Civil Veterinary Department Bihar & Orissa reports 1929-36 - 1929-1936
Year: 1929
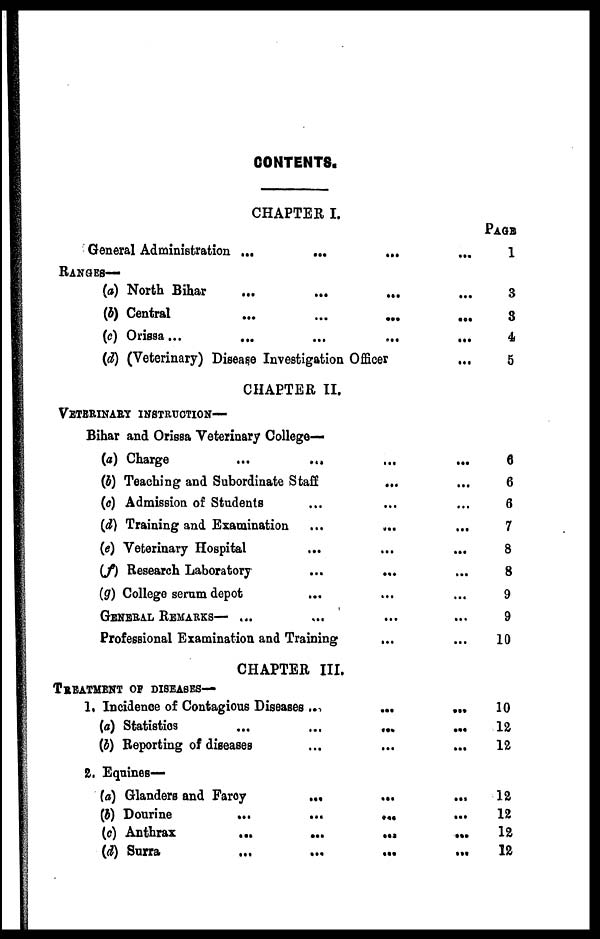
CONTENTS.
CHAPTER I.
General Administration ... ... ...
RANGES—
(a) North Bihar ... ... ... ...
(5) Central ... ... ... ...
(c) Orissa... ... ... ...
(d) (Veterinary) Disease Investigation Officer ...
CHAPTER II.
VETERINARY INSTRUCTION—
Bihar and Orissa Veterinary College-
(a) Charge
...
... ... ...
(b) Teaching and Subordinate Staff
... ...
(c) Admission of Students ... ... ...
(d) Training and Examination ... ... ...
(e) Veterinary Hospital ... ... ...
(f) Research Laboratory ... ... ...
(g) College serum depot ... ... ...
GENERAL REMARKS— ... ... ... ...
Professional Examination and Training ... ...
CHAPTER III.
TREATMENT OF DISEASES—
1. Incidence of Contagions Diseases ...
...
...
(a) Statistics
...
...
...
...
(b) Reporting of diseases ... ... ...
2. Equines—
(a) Glanders and Farcy
...
... ...
(b) Dourine
...
... ... ...
(c) Anthrax
...
...
...
...
(d) Surra
...
...
...
...
PAGE
1
3
3
4
5
6
6
6
7
8
8
9
9
10
10
12
12
12
12
12
12